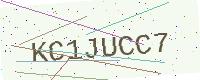
Text: KC1JUCC7